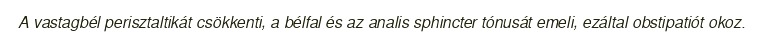
A vastagbél perisztaltikát csökkenti, a bélfal és az analis sphincter tónusát emeli, ezáltal obstipatiót okoz.